65_HS1-834228961_62-HQ-83894_Section_3
Agency: FBI
Page 26
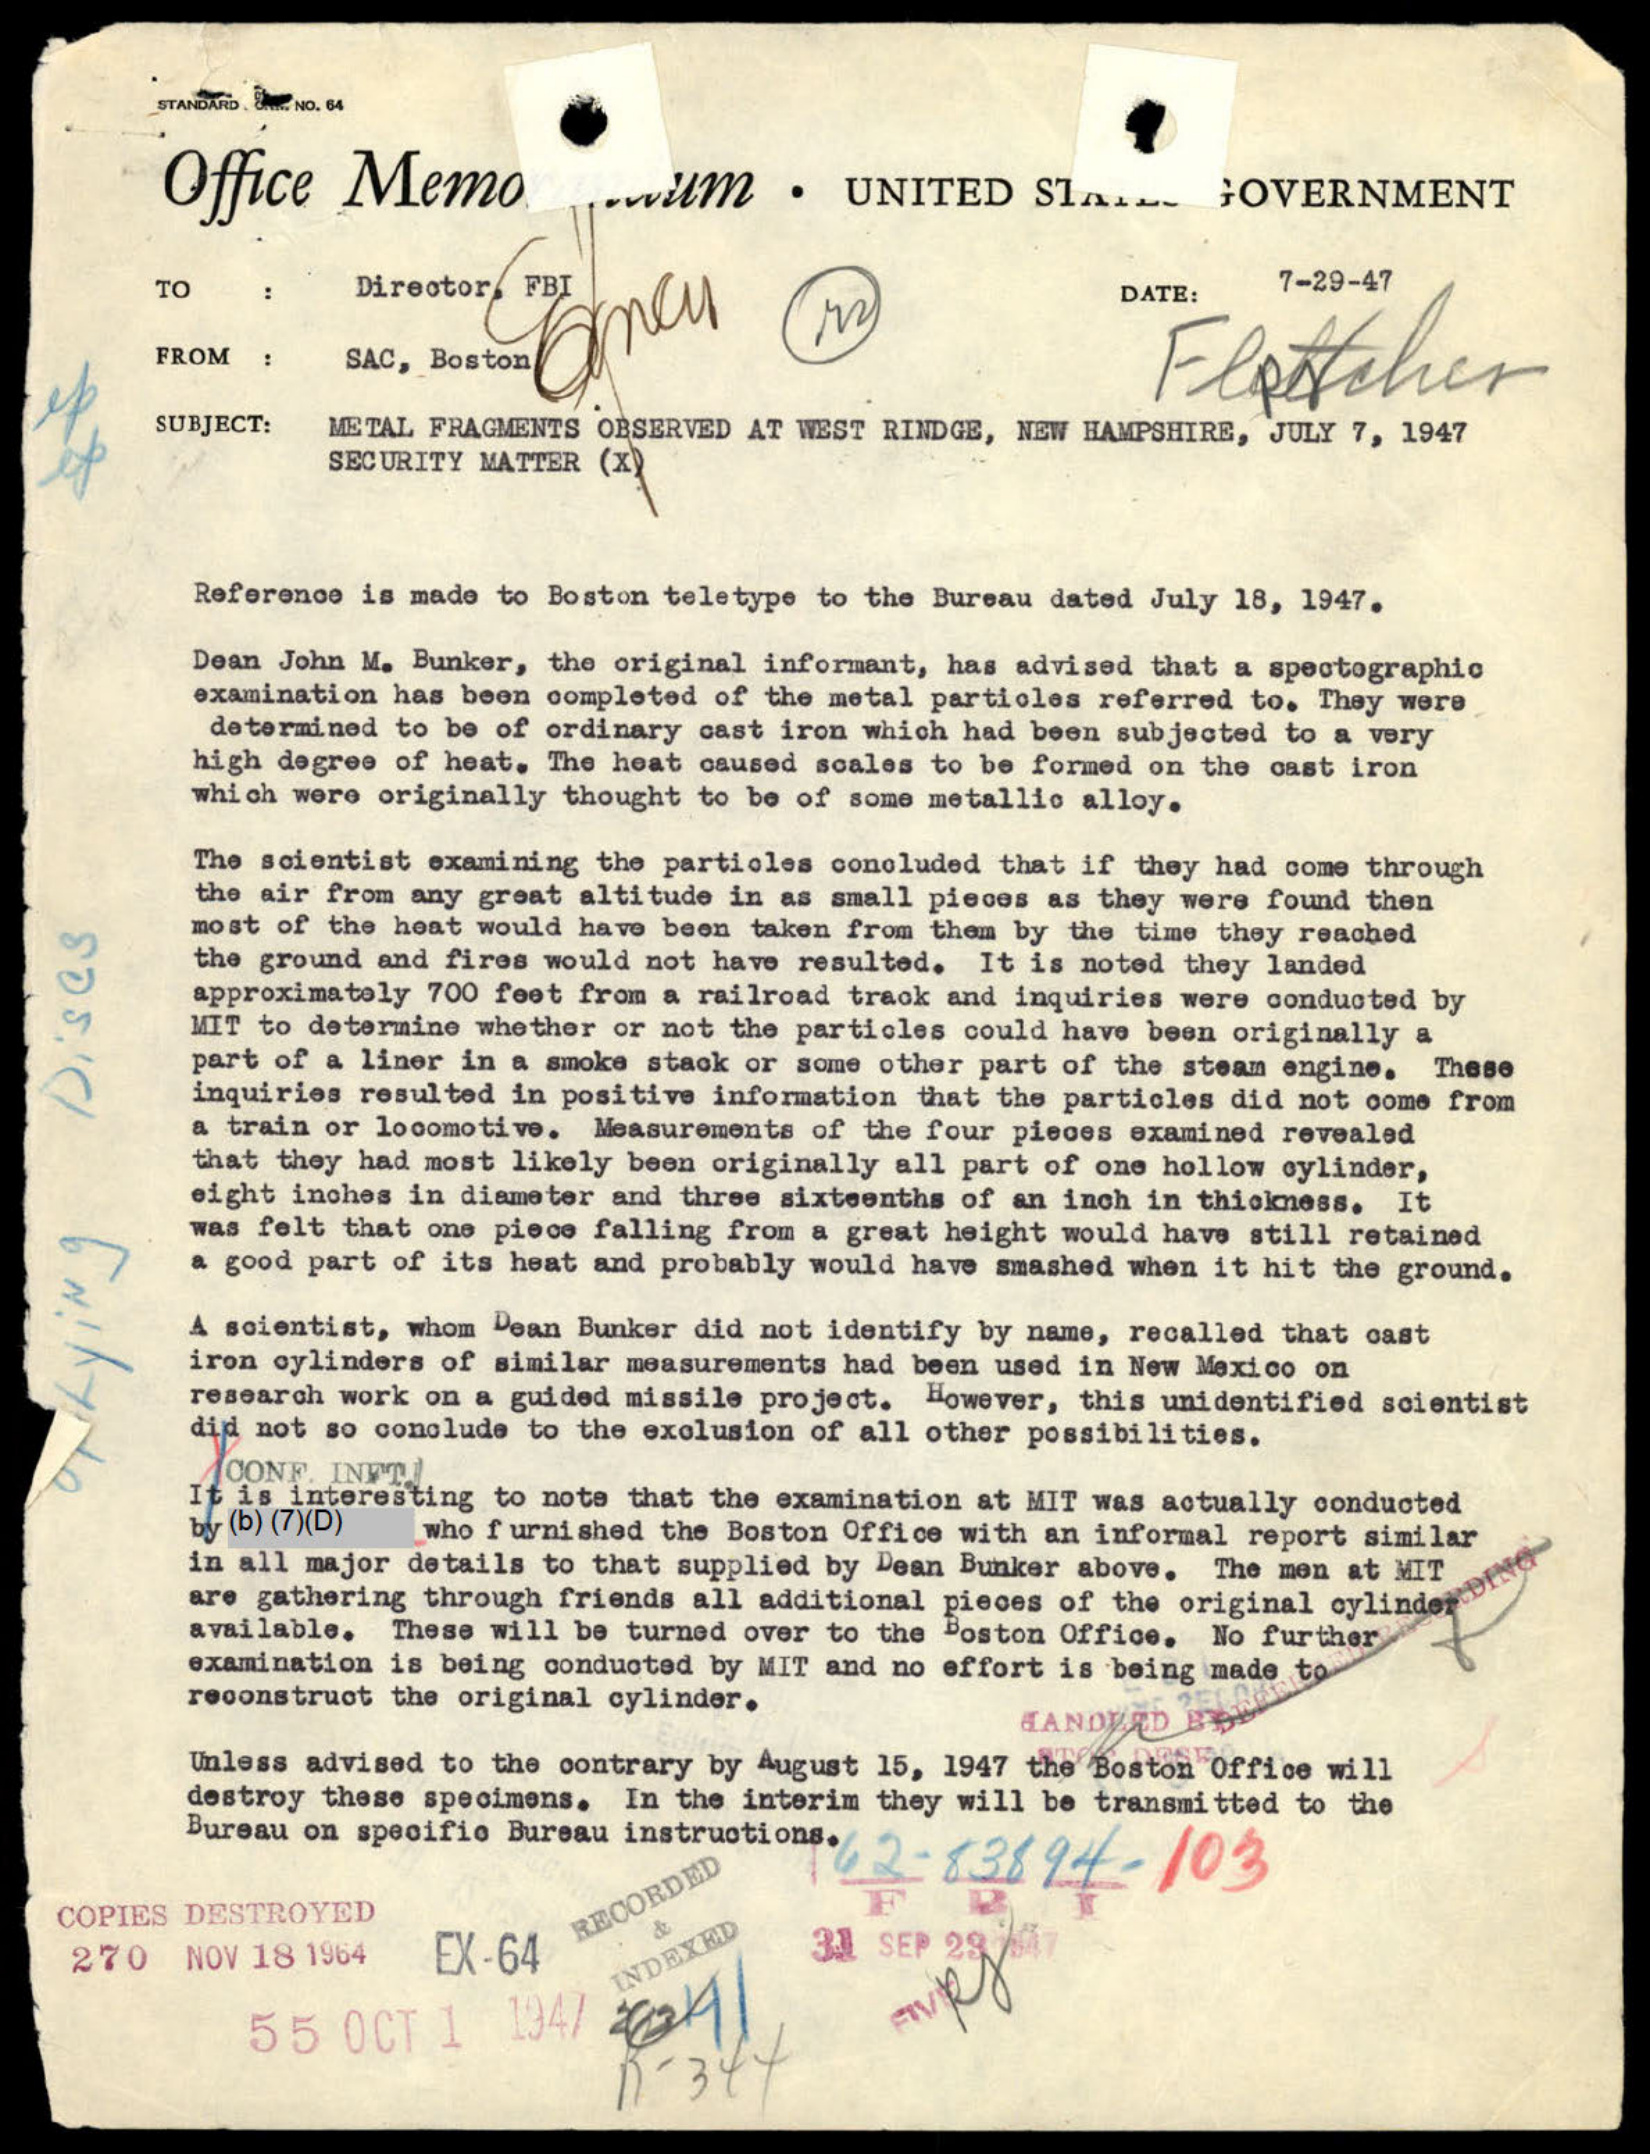